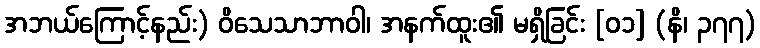
အဘယ်ကြောင့်နည်း) ဝိသေသာဘာဝါ၊ အနက်ထူး၏ မရှိခြင်း [၀၁] (နိ၊ ၃၇၇)